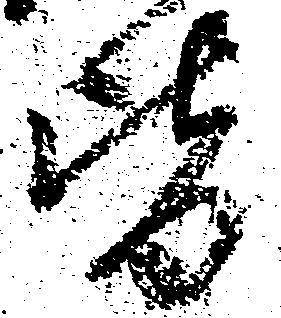
皆